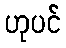
ဟုပင်